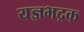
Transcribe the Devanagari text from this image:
यज्ञभद्रक